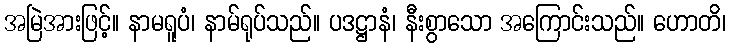
အမြဲအားဖြင့်။ နာမရူပံ၊ နာမ်ရုပ်သည်။ ပဒဋ္ဌာနံ၊ နီးစွာသော အကြောင်းသည်။ ဟောတိ၊